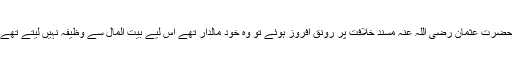
حضرت عثمان رضی اللہ عنہ مسند خلافت پر رونق افروز ہوئے تو وہ خود مالدار تھے اس لیے بیت المال سے وظیفہ نہیں لیتے تھے۔